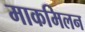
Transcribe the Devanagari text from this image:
माकमिलन